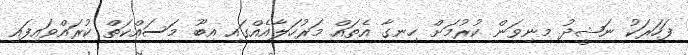
ފަހަރަކު ނަޝީދު މިނިވަން ކުރުމަށް ހިނގާ އެތައް މަރުހަލާއެއްގައި އިބޫ މަސައްކަތް ކުރައްވައިފައި